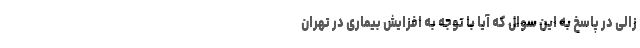
زالی در پاسخ به این سوال که آیا با توجه به افزایش بیماری در تهران